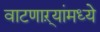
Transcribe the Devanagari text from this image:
वाटणाऱ्यांमध्ये